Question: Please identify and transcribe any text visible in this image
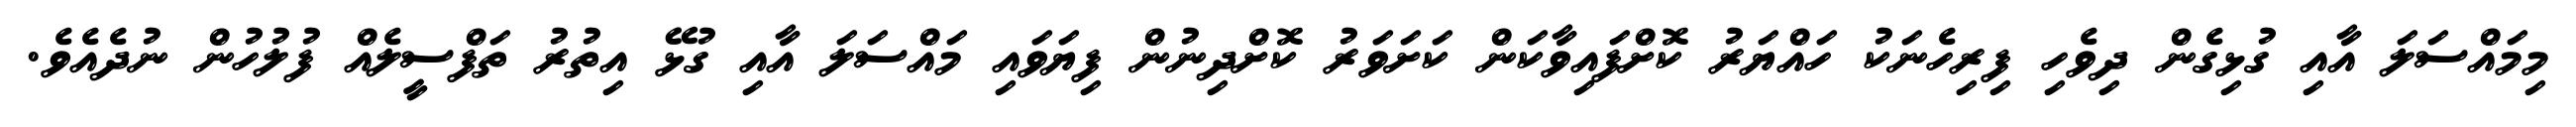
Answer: މިމައްސަލަ އާއި ގުޅިގެން ދިވެހި ފިރިހެނަކު ހައްޔަރު ކޮށްފައިވާކަން ކަށަވަރު ކޮށްދިނުން ފިޔަވައި މައްސަލަ އާއި ގުޅޭ އިތުރު ތަފްސީލެއް ފުލުހުން ނުދެއެވެ.